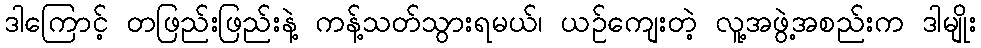
ဒါကြောင့် တဖြည်းဖြည်းနဲ့ ကန့်သတ်သွားရမယ်၊ ယဉ်ကျေးတဲ့ လူ့အဖွဲ့အစည်းက ဒါမျိုး